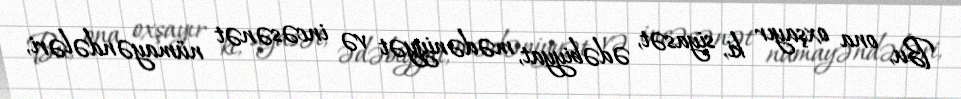
Bu, ona oxşayır ki, siyasət, ədəbiyyat, mədəniyyət və incəsənət nümayəndələri,